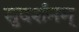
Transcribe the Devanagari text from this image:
सुदर्शनम्